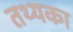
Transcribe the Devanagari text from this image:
तथ्यका